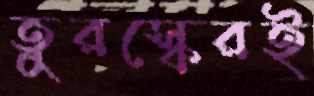
তুরস্কেরই